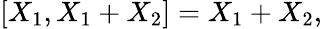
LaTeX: [X_{1},X_{1}+X_{2}]=X_{1}+X_{2},